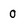
Character: 0